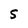
Character: S